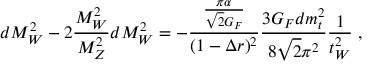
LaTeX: d M _ { W } ^ { 2 } - 2 \frac { M _ { W } ^ { 2 } } { M _ { Z } ^ { 2 } } d M _ { W } ^ { 2 } = - \frac { \frac { \pi \alpha } { \sqrt 2 G _ { F } } } { ( 1 - \Delta r ) ^ { 2 } } \frac { 3 G _ { F } d m _ { t } ^ { 2 } } { 8 \sqrt 2 \pi ^ { 2 } } \frac { 1 } { t _ { W } ^ { 2 } } \; ,